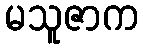
မသူဇာက